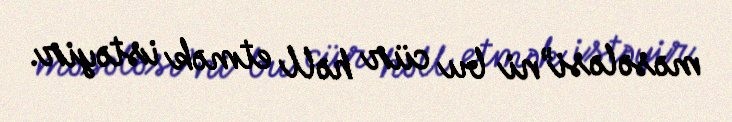
məsələsi”ni bu cür həll etmək istəyir.